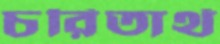
চরিতার্থ